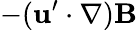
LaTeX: -({\mathbf{u}}^{\prime}\cdot\nabla){\mathbf{B}}